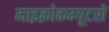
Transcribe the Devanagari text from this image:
माइक्रोकम्यूटरों